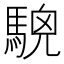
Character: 𩤖